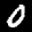
Label: 0